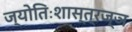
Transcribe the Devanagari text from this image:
ज्योतिःशास्त्रज्ञ